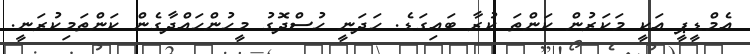
އެމްޑީޕީ އަކީ މަކަރުން ކަންތަ ކުރާ ބައިގަޑެ. ހަދަނީ ހުސްދޮގު މީހުންހައްދާގެން ކަންތަމިކުރަނީ.